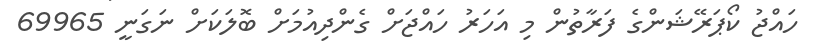
ހައްޖު ކޯޕަރޭޝަންގެ ފަރާތުން މި އަހަރު ހައްޖަށް ގެންދިއުމަށް ބޮލަކަށް ނަގަނީ 69965